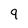
Character: 9